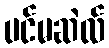
ပင်မဆဲလ်